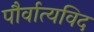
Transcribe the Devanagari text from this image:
पौर्वात्यविद